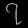
Digit: ၇